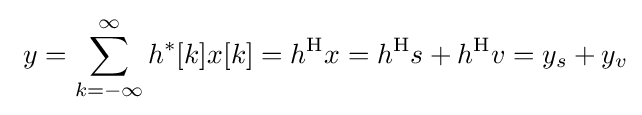
\ y=\sum _{k=-\infty }^{\infty }h^{*}[k]x[k]=h^{\mathrm {H} }x=h^{\mathrm {H} }s+h^{\mathrm {H} }v=y_{s}+y_{v}